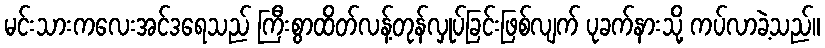
မင်းသားကလေးအင်ဒရေသည် ကြီးစွာထိတ်လန့်တုန်လှုပ်ခြင်းဖြစ်လျက် ပုခက်နားသို့ ကပ်လာခဲ့သည်။